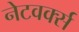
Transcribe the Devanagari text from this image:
नेटवर्क्‍स